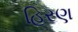
હિરણ